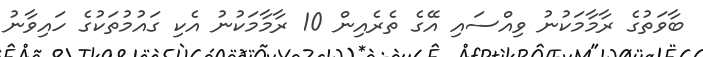
ބާވަތުގެ ރާމާމަކުނު ވިއްސައި އޭގެ ތެރެއިން 10 ރާމާމަކުނު އެކި ގައުމުތަކުގެ ހައިވާނު